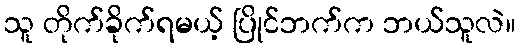
သူ တိုက်ခိုက်ရမယ့် ပြိုင်ဘက်က ဘယ်သူလဲ။